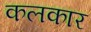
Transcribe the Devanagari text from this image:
कलकार